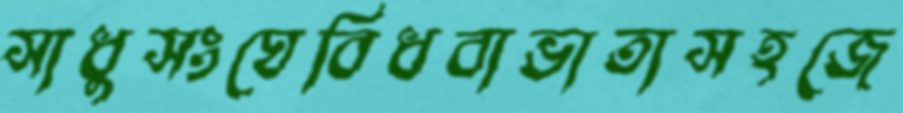
সাধুসংঘেবিধবাভাতাসহজে